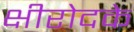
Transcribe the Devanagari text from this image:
क्षीरोदके